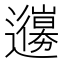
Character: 𨘳